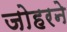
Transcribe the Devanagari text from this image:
जोहरने